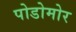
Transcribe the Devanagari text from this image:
पोडोमोर